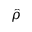
\hat { \rho }